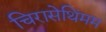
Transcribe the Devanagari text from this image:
चिरासेथिंमम